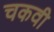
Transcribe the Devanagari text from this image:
चकवी